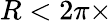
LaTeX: R<2\pi\times